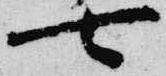
七